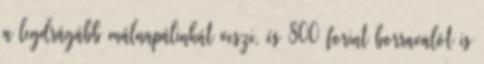
a legdrágább málnapálinkát veszi, és 800 forint borravalót is